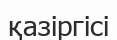
қазіргісі